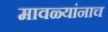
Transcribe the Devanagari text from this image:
मावळ्यांनाच